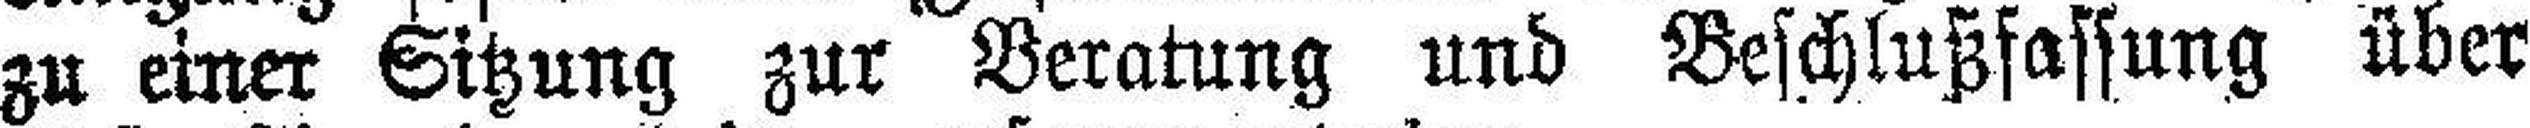
zu einer Sitzung zur Beratung und Beschlußfassung über